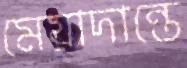
মেয়াদান্তে